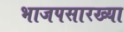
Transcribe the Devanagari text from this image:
भाजपसारख्या